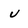
Character: u